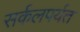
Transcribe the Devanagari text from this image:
सर्कलपर्यत